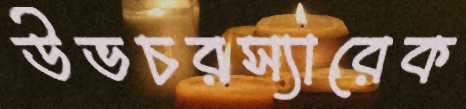
উভচরস্যারেক